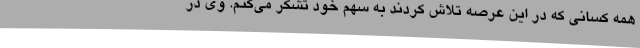
همه کسانی که در این عرصه تلاش کردند به سهم خود تشکر می‌کنم. وی در